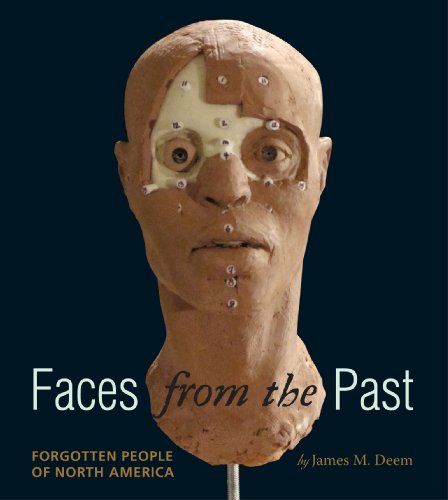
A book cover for Faces from the Past: Forgotten People of North America; James M. Deem; Teen & Young Adult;